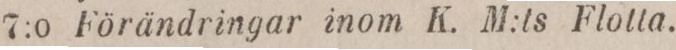
7:o Förändringar inom K. M:ts Flotta.